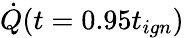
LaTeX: \dot{Q}(t=0.95t_{ign})